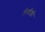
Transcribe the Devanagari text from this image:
लेणींशी